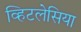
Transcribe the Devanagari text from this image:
व्हिटलेसिया